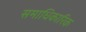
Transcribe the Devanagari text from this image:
समाधिकारिक